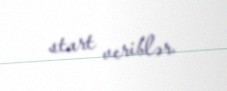
start veriblər.